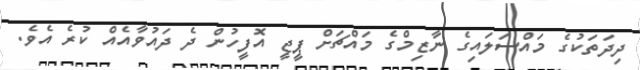
ދިދަތަކުގެ މައްސަލައިގެ ނާޒިމްގެ މައްޗަށް ޕީޖީ އޮފީހުން ދެ ދައުވާއެއް ކުރެ އެވެ.